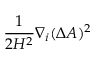
\frac { 1 } { 2 H ^ { 2 } } \nabla _ { i } ( \Delta A ) ^ { 2 }